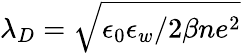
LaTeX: \lambda_{D}=\sqrt{\epsilon_{0}\epsilon_{w}/2\beta ne^{2}}